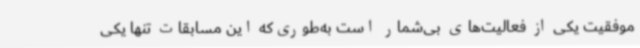
موفقیت یکی از فعالیت‌های بی‌شمار است به‌طوری‌که این مسابقات تنها یکی